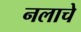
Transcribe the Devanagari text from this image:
नलाचे